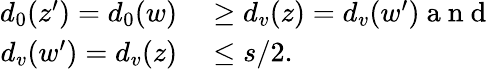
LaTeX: \begin{array}{rl}{d_{0}(z^{\prime})=d_{0}(w)}&{{}\geq d_{v}(z)=d_{v}(w^{\prime})\mathrm{~a~n~d~}}\\ {d_{v}(w^{\prime})=d_{v}(z)}&{{}\leq s/2.}\end{array}